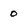
Character: 0